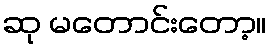
ဆု မတောင်းတော့။